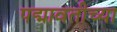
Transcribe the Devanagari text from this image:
पद्मावतीच्या